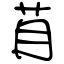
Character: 苜